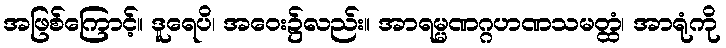
အဖြစ်ကြောင့်။ ဒူရေပိ၊ အဝေး၌လည်း။ အာရမ္မဏဂ္ဂဟဏသမတ္ထံ၊ အာရုံကို